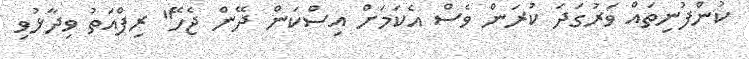
ކުންފުނިތައް ވަރުގަދަ ކުރަން ވެސް އެކަމަށް އިސްކަން ދޭން ޖެހޭ" ރިފްއަތު ވިދާޅުވި